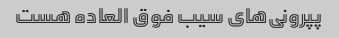
پپرونی‌های سیب فوق العاده هست